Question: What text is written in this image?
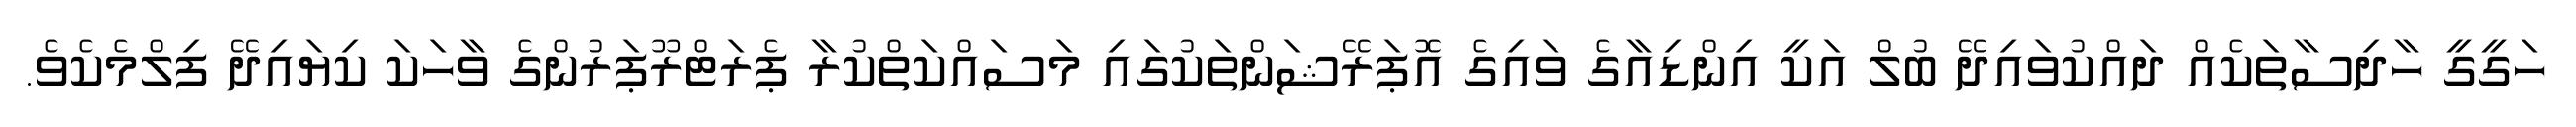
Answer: ހަގީގީ ހާދިސާތަކެއް ދައްކުވައިދޭ ބުލް އަކީ އިންޑިއާގެ ވައިގެ އޮޕަރޭޝަންތަކުގައި މަސައްކަތްކުރާ ޕެރަޓްރޫޕަރުންގެ ވާހަކަ ކިޔައިދޭ ފިލްމެކެވެ.